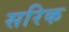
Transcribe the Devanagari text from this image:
सरिक